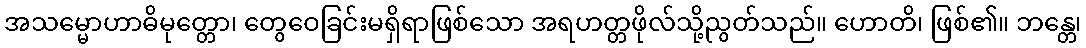
အသမ္မောဟာဓိမုတ္တော၊ တွေဝေခြင်းမရှိရာဖြစ်သော အရဟတ္တဖိုလ်သို့ညွတ်သည်။ ဟောတိ၊ ဖြစ်၏။ ဘန္တေ၊